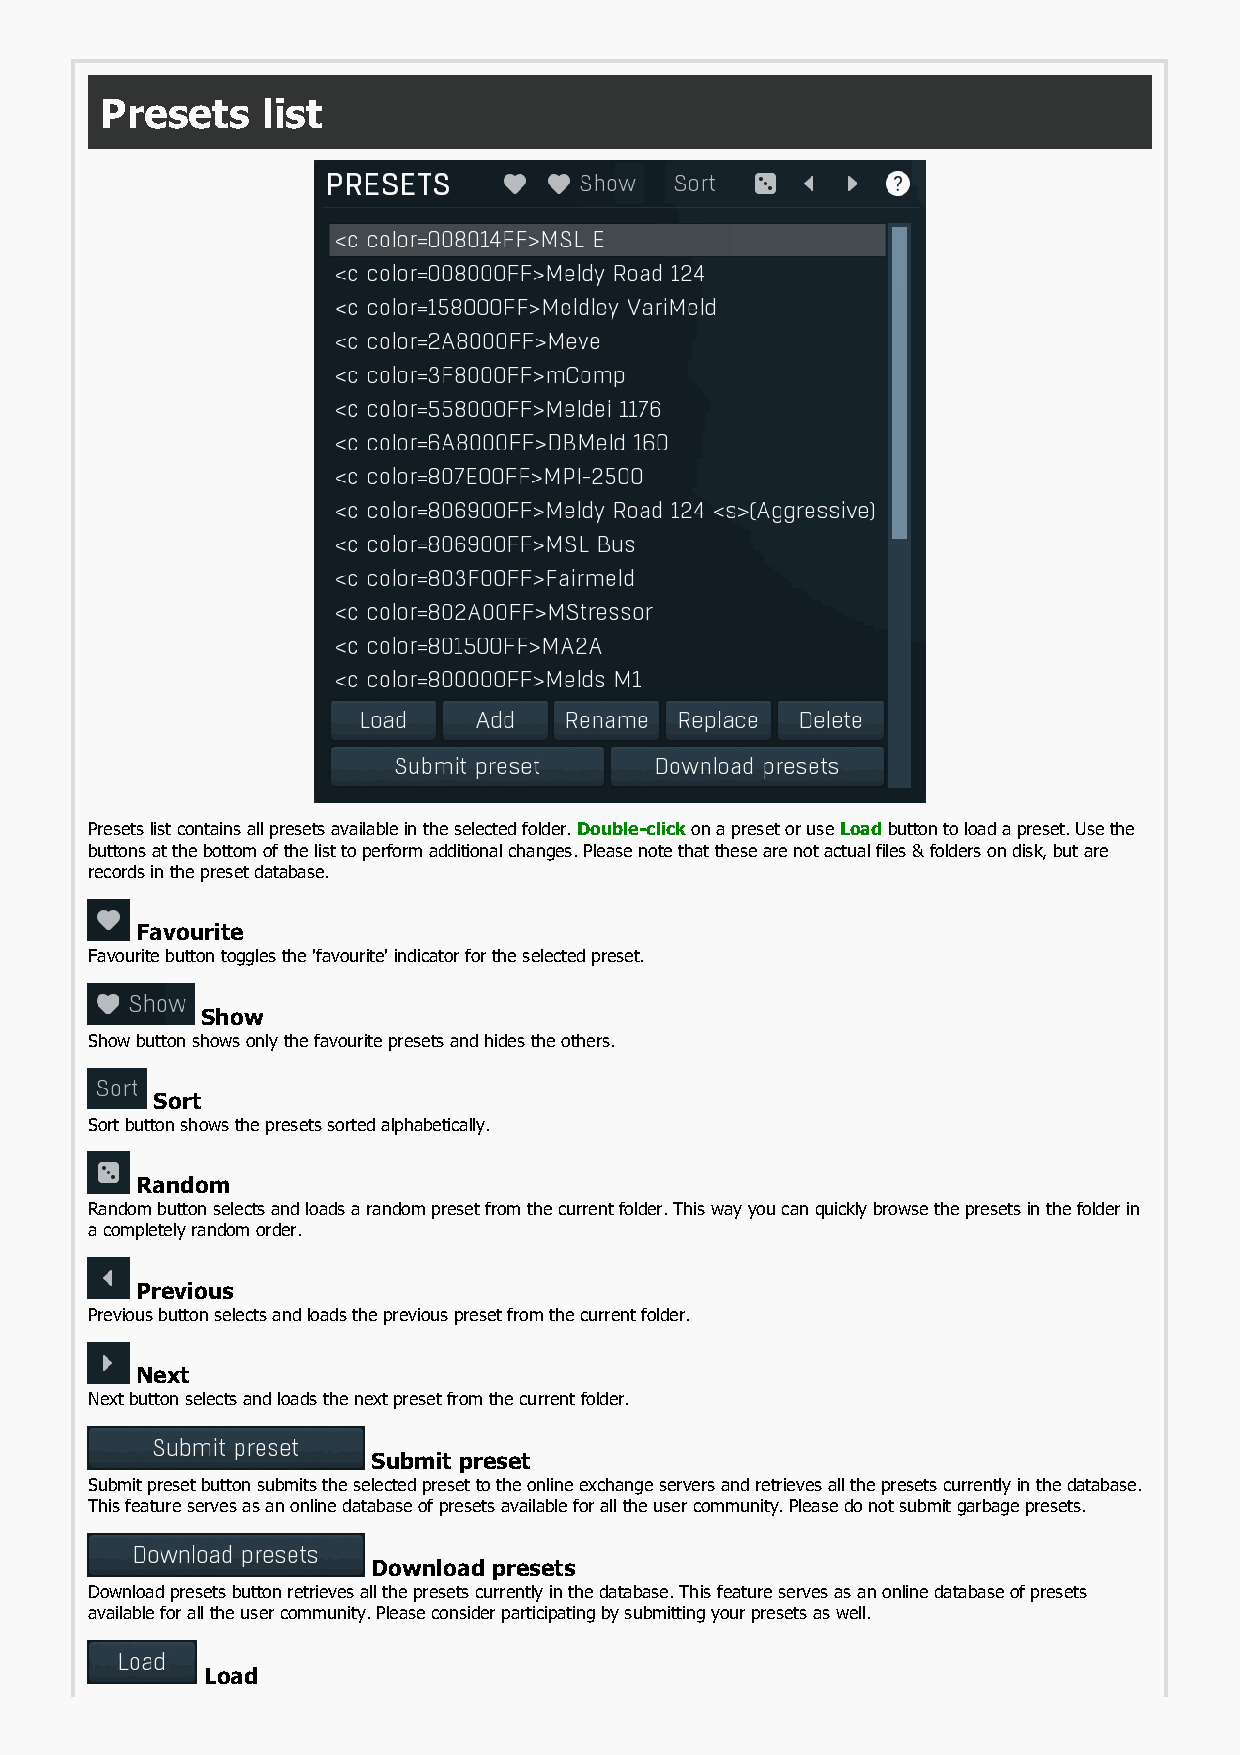
Presets   list
 Presets list contains all presets available in the selected folder. Double-click on a preset or use Load button to load a preset. Use the
 buttons at the bottom of the list to perform additional changes. Please note that these are not actual files & folders on disk, but are
 records in the preset database.
 Favourite
 Favourite button toggles the 'favourite' indicator for the selected preset.
 Show
 Show button shows only the favourite presets and hides the others.
 Sort
 Sort button shows the presets sorted alphabetically.
 Random
 Random button selects and loads a random preset from the current folder. This way you can quickly browse the presets in the folder in
 a completely random order.
 Previous
 Previous button selects and loads the previous preset from the current folder.
 Next
 Next button selects and loads the next preset from the current folder.
 Submit preset
 Submit preset button submits the selected preset to the online exchange servers and retrieves all the presets currently in the database.
 This feature serves as an online database of presets available for all the user community. Please do not submit garbage presets.
 Download presets
 Download presets button retrieves all the presets currently in the database. This feature serves as an online database of presets
 available for all the user community. Please consider participating by submitting your presets as well.
 Load